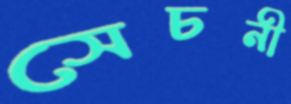
সেচনী